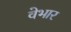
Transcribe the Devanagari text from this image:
वेभार